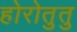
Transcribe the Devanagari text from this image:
होरोतुतु